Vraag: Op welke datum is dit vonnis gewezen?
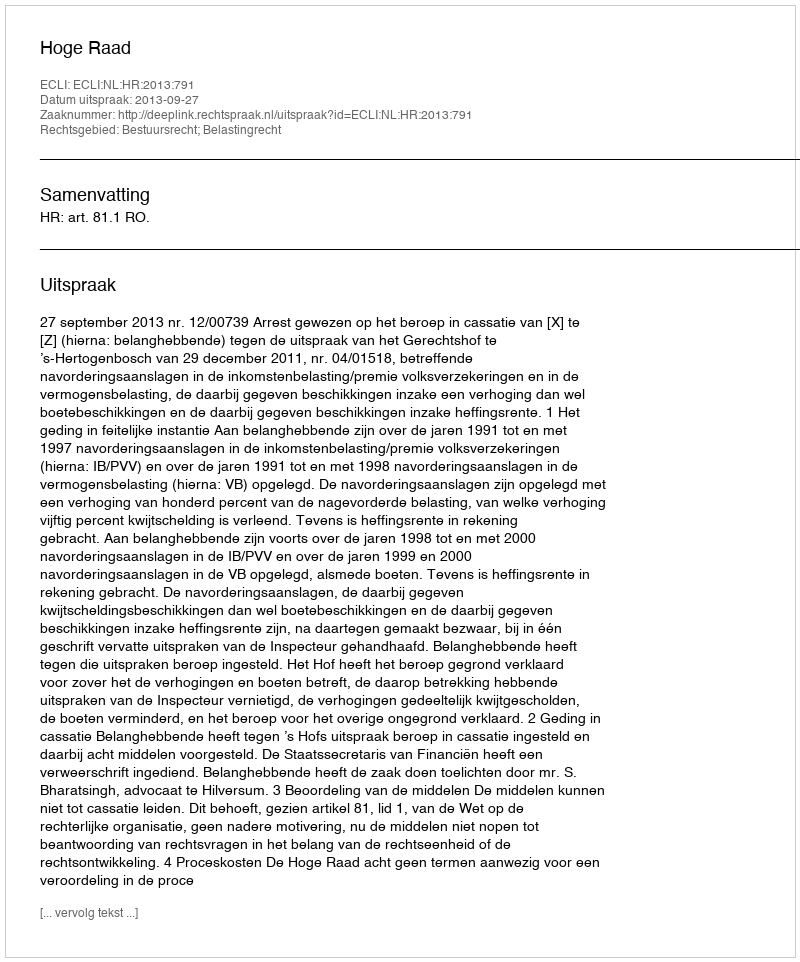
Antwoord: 2013-09-27